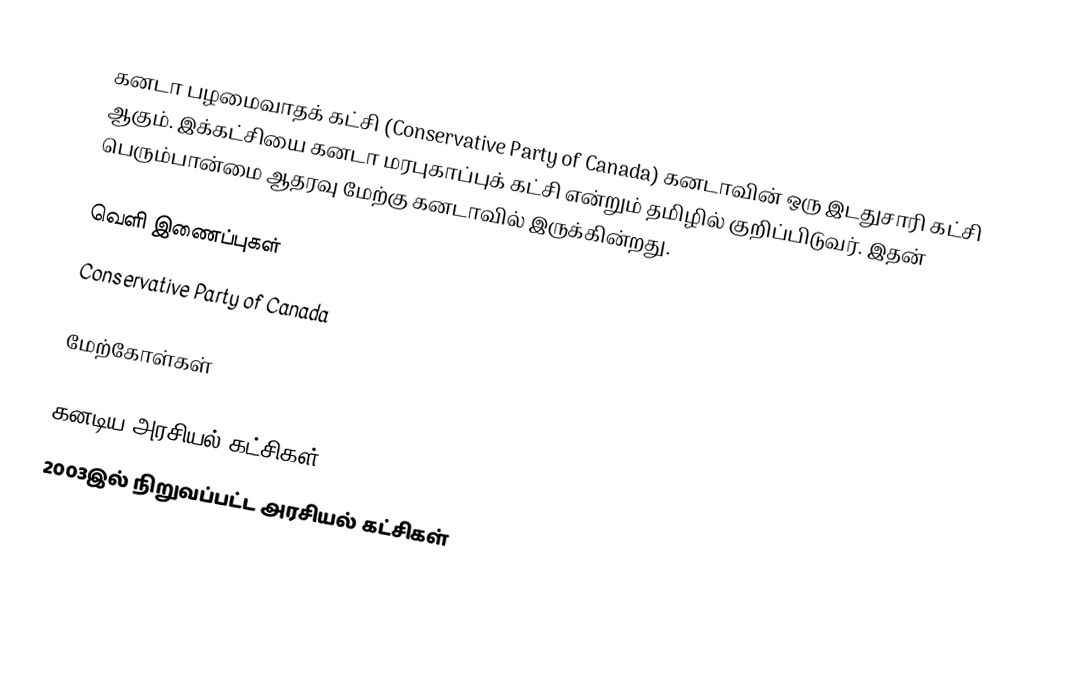
கனடா பழமைவாதக் கட்சி (Conservative Party of Canada) கனடாவின் ஒரு இடதுசாரி கட்சி ஆகும். இக்கட்சியை கனடா மரபுகாப்புக் கட்சி என்றும் தமிழில் குறிப்பிடுவர். இதன் பெரும்பான்மை ஆதரவு மேற்கு கனடாவில் இருக்கின்றது.

வெளி இணைப்புகள்
 Conservative Party of Canada

மேற்கோள்கள்

கனடிய அரசியல் கட்சிகள்
2003இல் நிறுவப்பட்ட அரசியல் கட்சிகள்